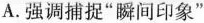
A.强调捕捉”瞬间印象”